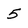
Character: 5